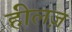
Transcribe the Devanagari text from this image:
हीलज़